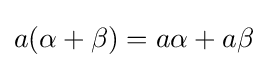
a(\alpha +\beta )=a\alpha +a\beta